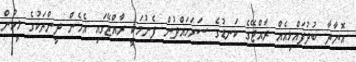
އޮޔާދާ ބުދުފައްޅިއެއް ރާއްޖޭގެ ކަނޑުގެ ސަރަހައްދުން ފެނުމަކީ ރާއްޖޭގައި އެހެން ދީންތަކުގެ މީހުން